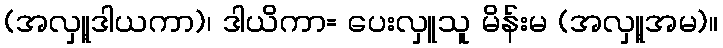
(အလှူ့ဒါယကာ)၊ ဒါယိကာ= ပေးလှူသူ မိန်းမ (အလှူ့အမ)။